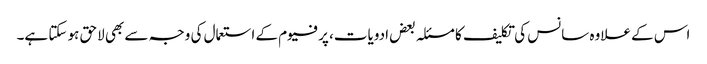
اس کے علاوہ سانس کی تکلیف کا مسئلہ بعض ادویات، پرفیوم کے استعمال کی وجہ سے بھی لاحق ہو سکتا ہے۔